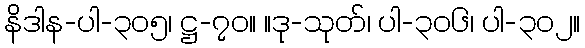
နိဒါန-ပါ-၃၀၅၊ ဋ္ဌ-၇၀။ ။ဒု-သုတ်၊ ပါ-၃၀၆၊ ပါ-၃၀၂။